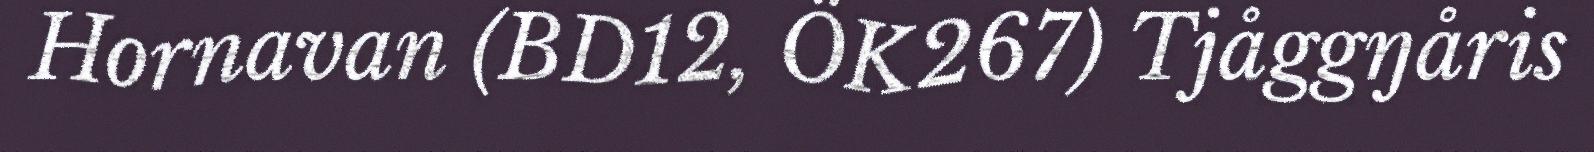
Hornavan (BD12, ÖK267) Tjåggŋåris